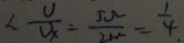
< \frac { U } { U _ { x } } = \frac { 5 \Omega } { 2 M } = \frac { 1 } { 4 . }